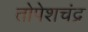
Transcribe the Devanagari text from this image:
तोपेशचंद्र